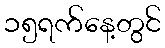
၁၅ရက်နေ့တွင်